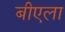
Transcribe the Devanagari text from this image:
बीएला